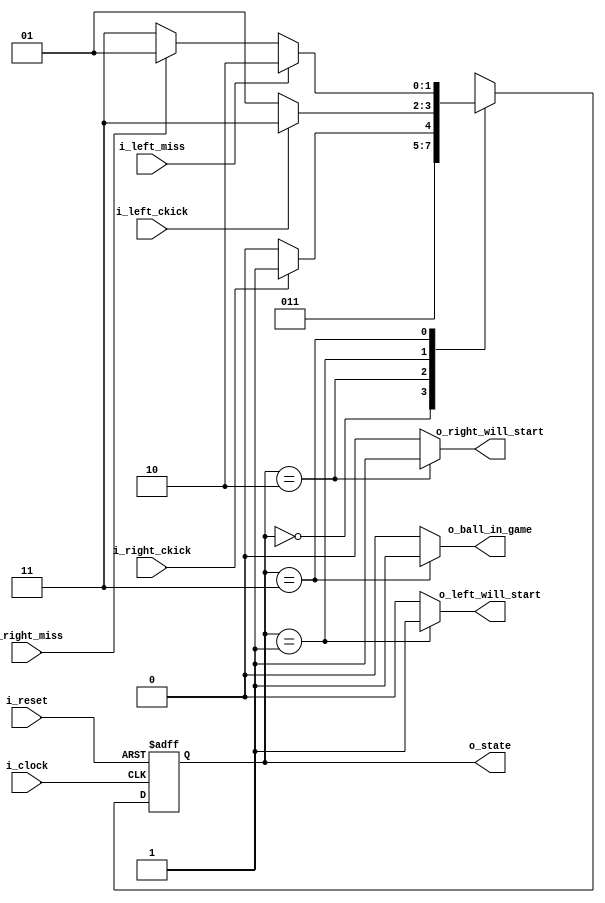
`ifndef _GAME_CONTROLLER_V_
  `define _GAME_CONTROLLER_V_

`timescale 1ns / 1ps

module game_controller(input i_clock,
                       input i_reset,
                       input i_left_ckick,
                       input i_right_ckick,
                       input i_left_miss,
                       input i_right_miss,
                       output o_left_will_start,
                       output o_right_will_start,
                       output o_ball_in_game,
                       output [1:0] o_state);

  localparam IDLE             = 2'b00;
  localparam LEFT_WILL_START  = 2'b01;
  localparam RIGHT_WILL_START = 2'b10;
  localparam BALL_IN_GAME     = 2'b11;

  reg [1:0] reg_state;
  reg [1:0] next_state;

  always @(posedge i_clock, posedge i_reset)
    if (i_reset)
      reg_state <= IDLE;
    else
      reg_state <= next_state;

  always @*
    begin
      next_state = reg_state;
      case (reg_state)
        IDLE: next_state = LEFT_WILL_START; //RIGHT_WILL_START;
        RIGHT_WILL_START: next_state = i_right_ckick ? BALL_IN_GAME : RIGHT_WILL_START;
        LEFT_WILL_START:  next_state = i_left_ckick  ? BALL_IN_GAME : LEFT_WILL_START;
        BALL_IN_GAME:     next_state = i_left_miss   ? 
                                       RIGHT_WILL_START : 
                                       (i_right_miss ? LEFT_WILL_START : BALL_IN_GAME);
      endcase
    end

  assign o_left_will_start  = (reg_state == LEFT_WILL_START)  ? 1'b1 : 1'b0;
  assign o_right_will_start = (reg_state == RIGHT_WILL_START) ? 1'b1 : 1'b0;
  assign o_ball_in_game     = (reg_state == BALL_IN_GAME)     ? 1'b1 : 1'b0;

  assign o_state = reg_state;

endmodule

`endif // _GAME_CONTROLLER_V_